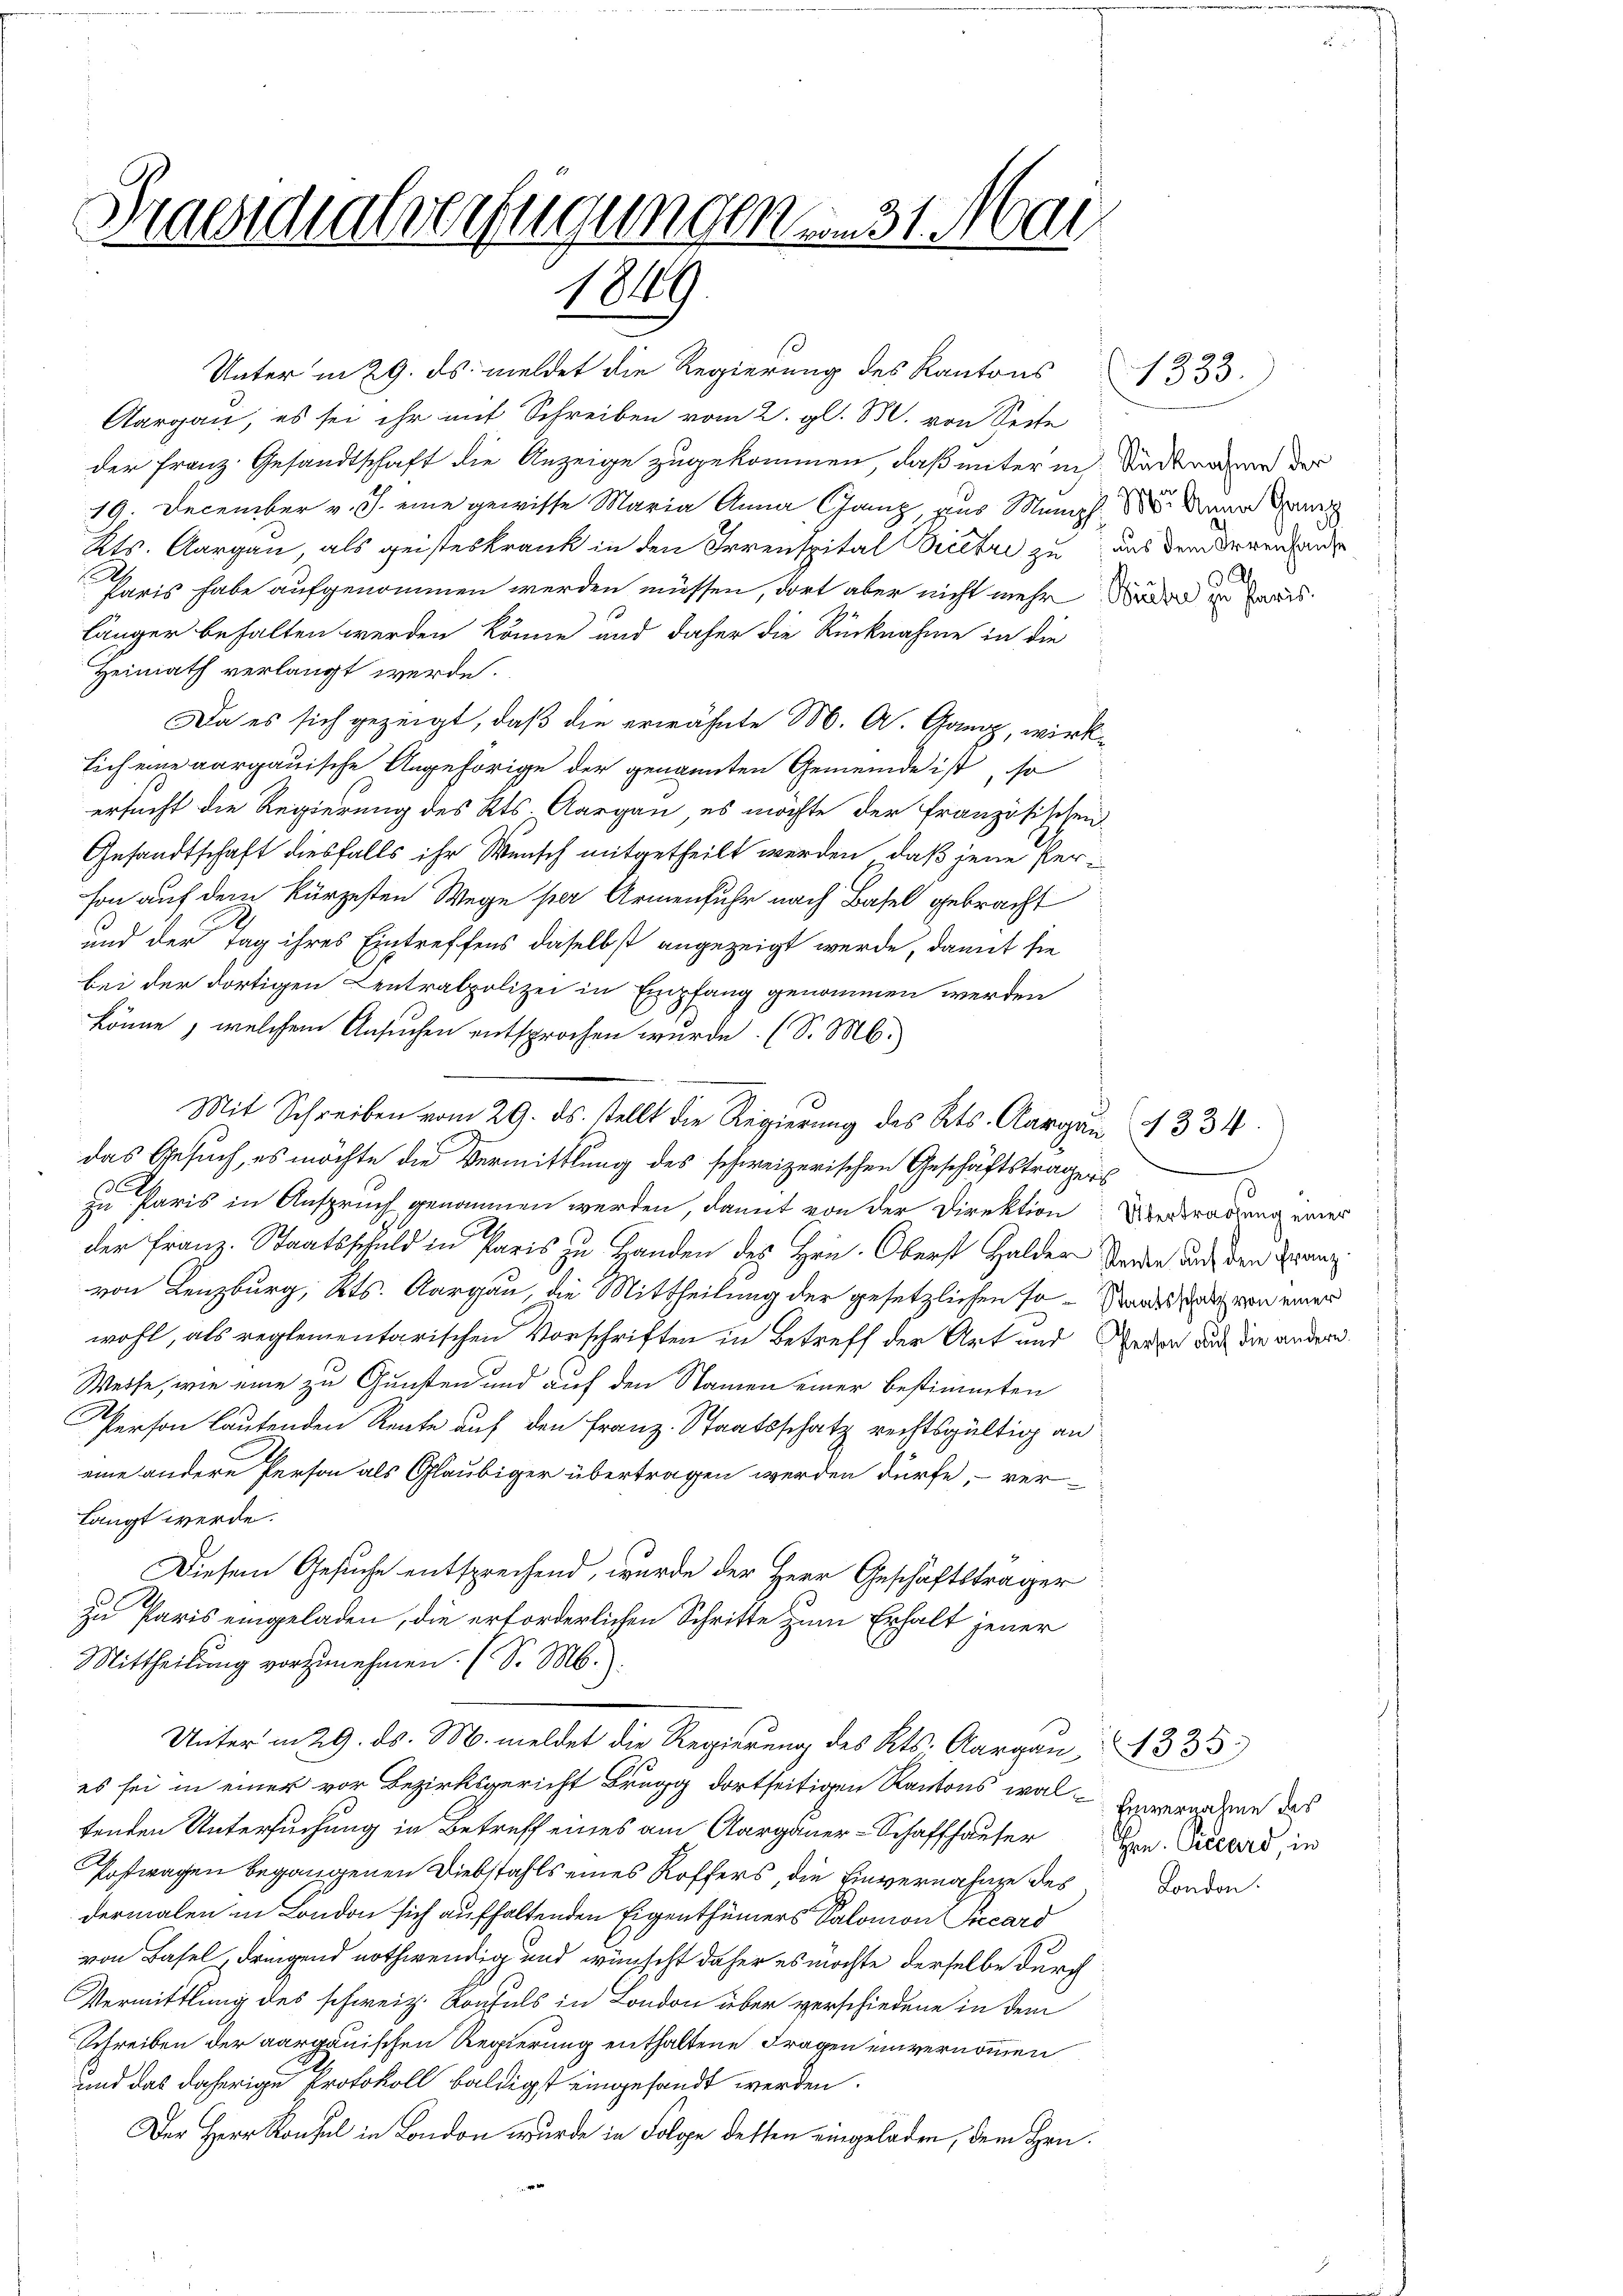
Praesidialverfügungen am 31. Mai
189

Unter in 29. ds. meldet die Regierung des Kantons
Aargau, es sei ihr mit Schreiben vom 2. gl. M. von Seite
der Franz Gesandtschaft die Anzeige zugekommen, daß unter in Sadtmagen der
19. December v. J. eine gewisse Maria Anna Ganz aus Maniph Mann d
Kts. Aargau, als geisteskrank in den Irrenspital Bietri zu aus dem Irrenhande
A
Paris habe aufgenommen werden müssen, dort aber nicht mehr Mader in fraislänger behalten werden könne und daher die Rücknahme in die
Heimath verlangt werde.
Da es sich gezeigt, daß die erwähnte M. A. Ganz, wirklich eine aargauische Angehörige der genannten Gemeinde ist, so
ersucht die Regierung des Kts. Aargau, es möchte der Französischen
Gesandtschaft diesfalls ihr Wunsch mitgetheilt werden, daß jene Person auf dem kürzesten Wege per Armenfuhr nach Basel gebracht
und der Tag ihres Eintreffens daselbst angezeigt werde, damit sie
bei der dortigen Centralpolizei in Empfang genommen werden
könne, welchem Ansuchen entsprochen wurde. (S. M.
Mit Schreiben vom 29. ds. stellt die Regierŭng des Kts. Aargau (1334
das Gesuch, es möchte die Vermittlung des schweizerischen Geschäftsträgers
x
zu Paris in Anspruch genommen werden, damit von der Direktion
der Franz. Staatsschuld in Paris zu Handen des Hrn. Oberst Halder Stern auch den Franz
von Lenzburg, Kts. Aargau, die Mittheilung der gesetzlichen so-Sallen von einer
wohl, als reglementarischen Vorschriften in Betreff der Art und Versa auch die andern.
Weise, wie eine zu Gunsten und auf den Namen einer bestimmten
Person lautenden Rente auf den Franz. Staatsschatz rechtsgültig an
eine andere Person als Gläubiger übertragen werden dürfe, - ver-
langt werde.
Diesem Gesuche entsprechend, wurde der Herr Geschäftsträger
zu Paris eingeladen, die erforderlichen Schritte zum Erhalt jener
Mittheilung vorzunehmen. (S. M.
Unterm 29. ds. M. meldet die Regierung des Kts. Aargau 333)
es sei in einer vor Bezirksgericht Brugg dortseitigen Kantons wal Erwernahme des
tenden Untersuchung in Betreff eines am Aargauer-Schaffhauser
Postwagen begangenen Diebstahls eines Roffers, die Einvernahme des
dermalen in London sich aufhaltenden Eigenthümers Salomon Picard
von Basel, dringend nothwendig und wünscht daher es möchte derselbe durch
Vermittlung des schweiz. Konsuls in London über verschiedene in dem
Schreiben der aargauischen Regierung enthaltene Fragen einvernommen
und das daherige Protokoll baldigst eingesandt werden.
Der Herr Konsul in London wurde in Folge dessen eingeladen, dem Hrn.

(1333.

Übertragung einer

Hrn. Piccard, in
London.